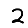
Digit: 2